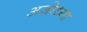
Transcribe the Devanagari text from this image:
अजोध्या